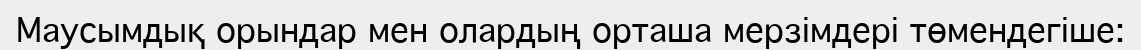
Маусымдық орындар мен олардың орташа мерзімдері төмендегіше: